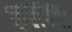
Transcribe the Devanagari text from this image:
कलपचा